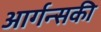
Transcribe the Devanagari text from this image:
आर्गन्सकी